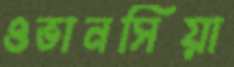
ওভানসিয়া